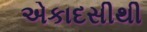
એકાદસીથી